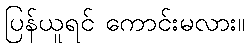
ပြန်ယူရင် ကောင်းမလား။